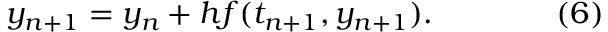
y _ { n + 1 } = y _ { n } + h f ( t _ { n + 1 } , y _ { n + 1 } ) . \qquad \qquad ( 6 )